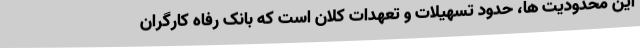
این محدودیت ها، حدود تسهیلات و تعهدات کلان است که بانک رفاه کارگران